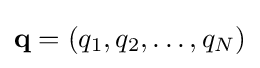
\mathbf {q} =\left(q_{1},q_{2},\ldots ,q_{N}\right)